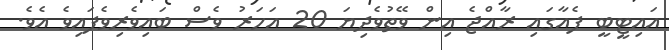
އައިޓީބީ ފެއާގައި ރާއްޖެ އިން ވޭތުވެދިޔަ 20 އަހަރު ވެސް ބައިވެރިވެފައިވެ އެވެ.